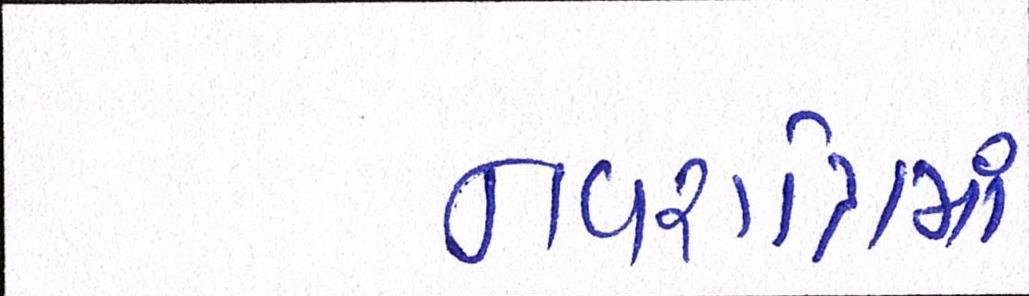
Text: નવરાત્રિમાં